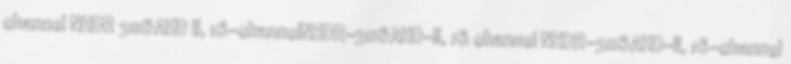
channel NHDR 3116AHD II, 16-channelNHDR-3116AHD-II, 16 channel NHDR-3116AHD-II, 16-channel